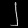
Digit: ၂